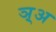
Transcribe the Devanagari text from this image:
ञ़्अ